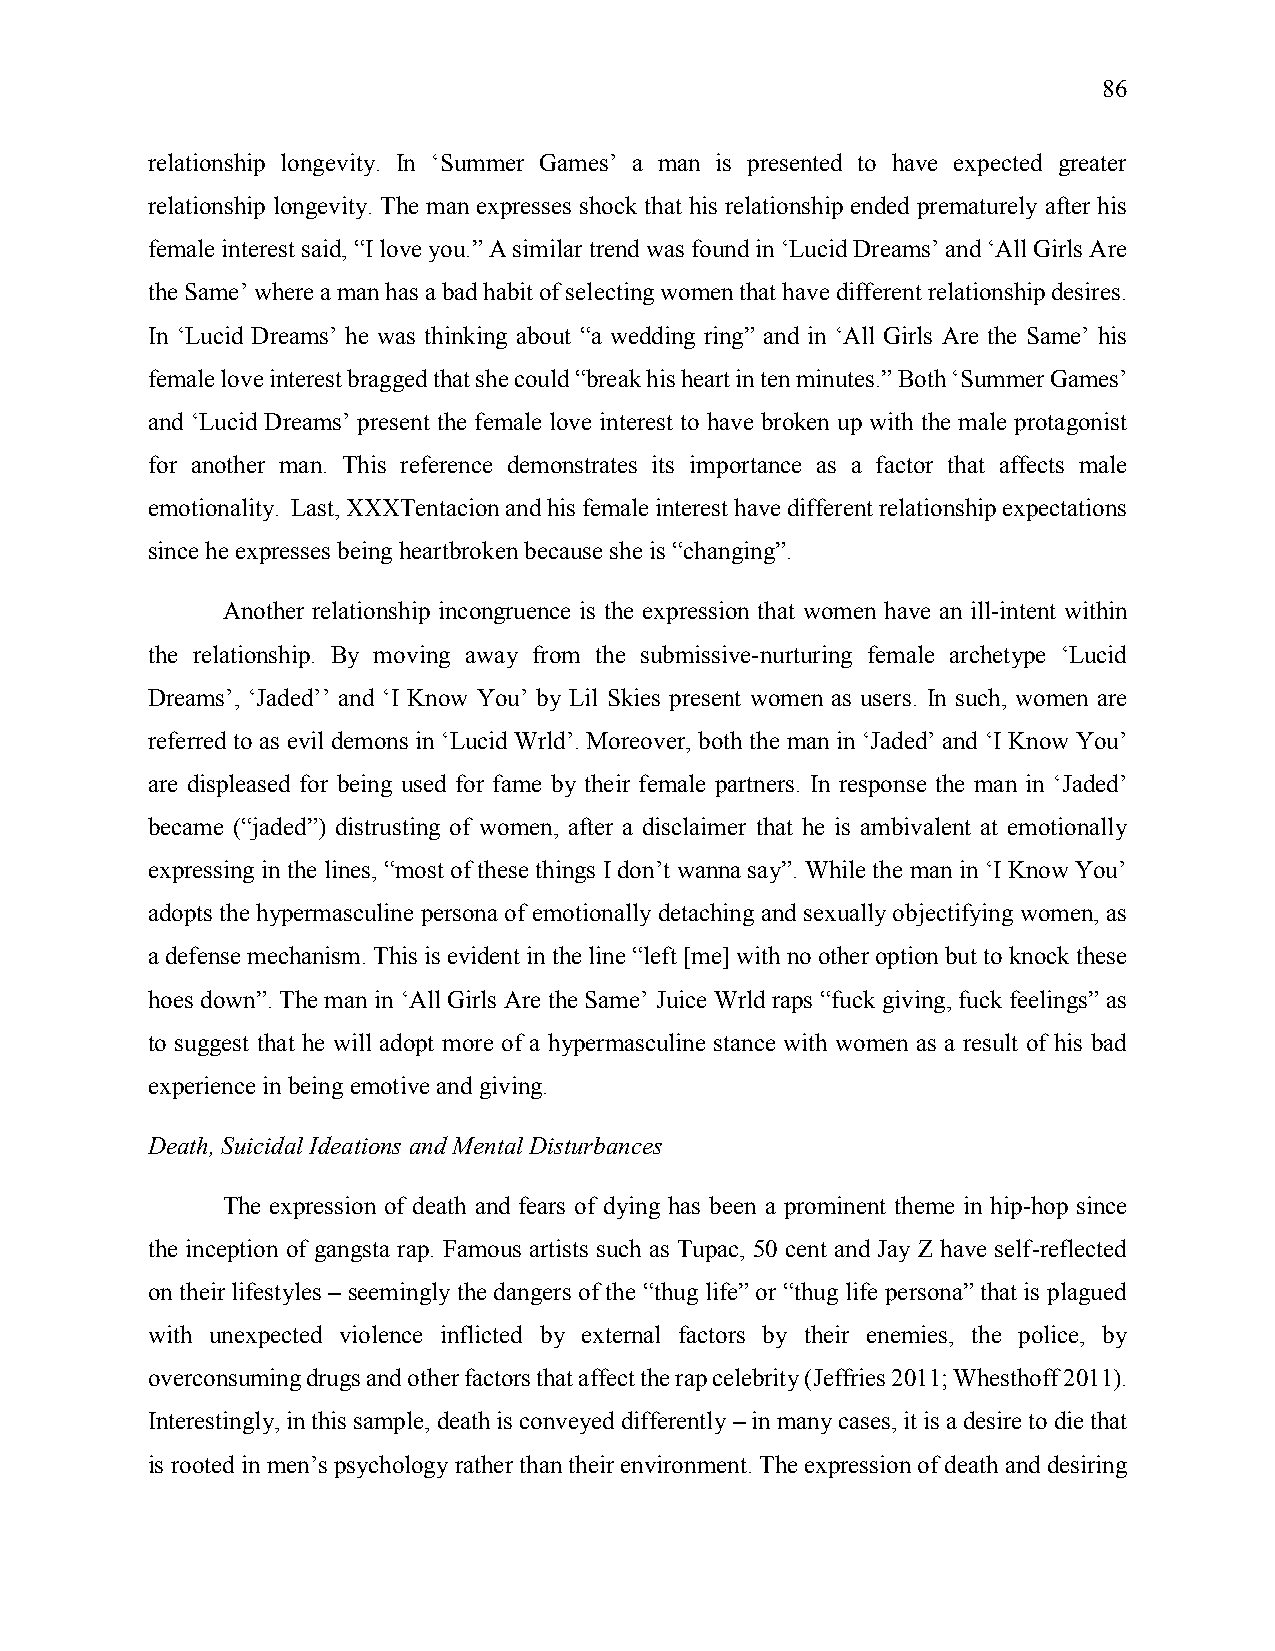
86
 relationship longevity. In ‘Summer Games’ a man is presented to have expected greater
 relationship longevity. The man expresses shock that his relationship ended prematurely after his
 female interest said, “I love you.” A similar trend was found in ‘Lucid Dreams’ and ‘All Girls Are
 the Same’ where a man has a bad habit of selecting women that have different relationship desires.
 In ‘Lucid Dreams’ he was thinking about “a wedding ring” and in ‘All Girls Are the Same’ his
 female love interest bragged that she could “break his heart in ten minutes.” Both ‘Summer Games’
 and ‘Lucid Dreams’ present the female love interest to have broken up with the male protagonist
 for another man. This reference demonstrates its importance as a factor that affects male
 emotionality. Last, XXXTentacion and his female interest have different relationship expectations
 since he expresses being heartbroken because she is “changing”.
 Another relationship incongruence is the expression that women have an ill-intent within
 the relationship. By moving away from the submissive-nurturing female archetype ‘Lucid
 Dreams’, ‘Jaded’’ and ‘I Know You’ by Lil Skies present women as users. In such, women are
 referred to as evil demons in ‘Lucid Wrld’. Moreover, both the man in ‘Jaded’ and ‘I Know You’
 are displeased for being used for fame by their female partners. In response the man in ‘Jaded’
 became (“jaded”) distrusting of women, after a disclaimer that he is ambivalent at emotionally
 expressing in the lines, “most of these things I don’t wanna say”. While the man in ‘I Know You’
 adopts the hypermasculine persona of emotionally detaching and sexually objectifying women, as
 a defense mechanism. This is evident in the line “left [me] with no other option but to knock these
 hoes down”. The man in ‘All Girls Are the Same’ Juice Wrld raps “fuck giving, fuck feelings” as
 to suggest that he will adopt more of a hypermasculine stance with women as a result of his bad
 experience in being emotive and giving.
 Death, Suicidal Ideations and Mental Disturbances
 The expression of death and fears of dying has been a prominent theme in hip-hop since
 the inception of gangsta rap. Famous artists such as Tupac, 50 cent and Jay Z have self-reflected
 on their lifestyles – seemingly the dangers of the “thug life” or “thug life persona” that is plagued
 with unexpected violence inflicted by external factors by their enemies, the police, by
 overconsuming drugs and other factors that affect the rap celebrity (Jeffries 2011; Whesthoff 2011).
 Interestingly, in this sample, death is conveyed differently – in many cases, it is a desire to die that
 is rooted in men’s psychology rather than their environment. The expression of death and desiring